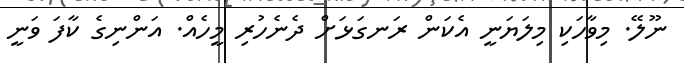
ނޫލޭ. މިވާހަކި މިލަޔަނީ އެކަން ރަނގަޅަށް ދެނެހުރި މީހެއް. އަންނިގެ ކާފަ ވަނީ